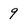
Character: 9